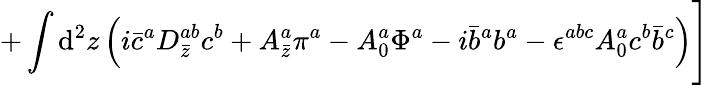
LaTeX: +\int\mathrm{d}^{2}z\left(i\bar{{c}}^{a}D_{\bar{{z}}}^{ab}c^{b}+A_{\bar{{z}}}^{a}\pi^{a}-A_{0}^{a}\Phi^{a}-i\bar{{b}}^{a}b^{a}-\epsilon^{abc}A_{0}^{a}c^{b}\bar{{b}}^{c}\right)\Biggr]